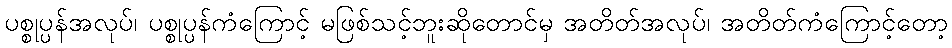
ပစ္စုပ္ပန်အလုပ်၊ ပစ္စုပ္ပန်ကံကြောင့် မဖြစ်သင့်ဘူးဆိုတောင်မှ အတိတ်အလုပ်၊ အတိတ်ကံကြောင့်တော့